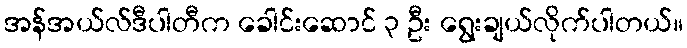
အန်အယ်လ်ဒီပါတီက ခေါင်းဆောင် ၃ ဦး ရွေးချယ်လိုက်ပါတယ်။